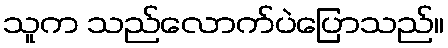
သူက သည်လောက်ပဲပြောသည်။